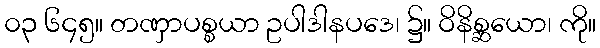
၀၃ ၆၄၅။ တဏှာပစ္စယာ ဥပါဒါနပဒေ၊ ၌။ ဝိနိစ္ဆယော၊ ကို။